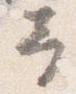
予